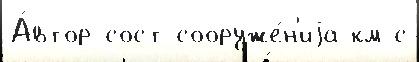
А́втор-сост сооруже́н'иjа км с